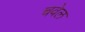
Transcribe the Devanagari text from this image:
चवेल